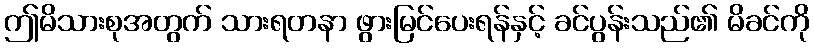
ဤမိသားစုအတွက် သားရတနာ ဖွားမြင်ပေးရန်နှင့် ခင်ပွန်းသည်၏ မိခင်ကို